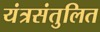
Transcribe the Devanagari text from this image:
यंत्रसंतुलित